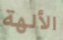
الألهة